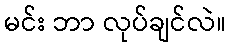
မင်း ဘာ လုပ်ချင်လဲ။